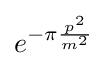
e^{-\pi {\frac {p^{2}}{m^{2}}}}